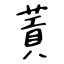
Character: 䔈